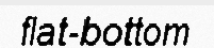
flat-bottom